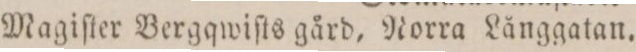
Magiſter Bergqwiſts gård, Norra Långgatan.